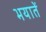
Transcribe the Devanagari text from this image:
भयातें